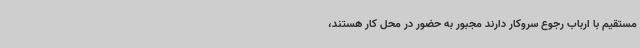
مستقیم با ارباب رجوع سروکار دارند مجبور به حضور در محل کار هستند،